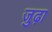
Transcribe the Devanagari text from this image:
जुढ़ा